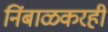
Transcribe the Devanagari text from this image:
निंबाळकरही